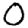
Digit: 0